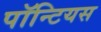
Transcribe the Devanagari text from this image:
पॉन्टियस